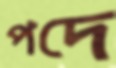
পদে